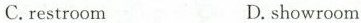
C.restroom D.showroom